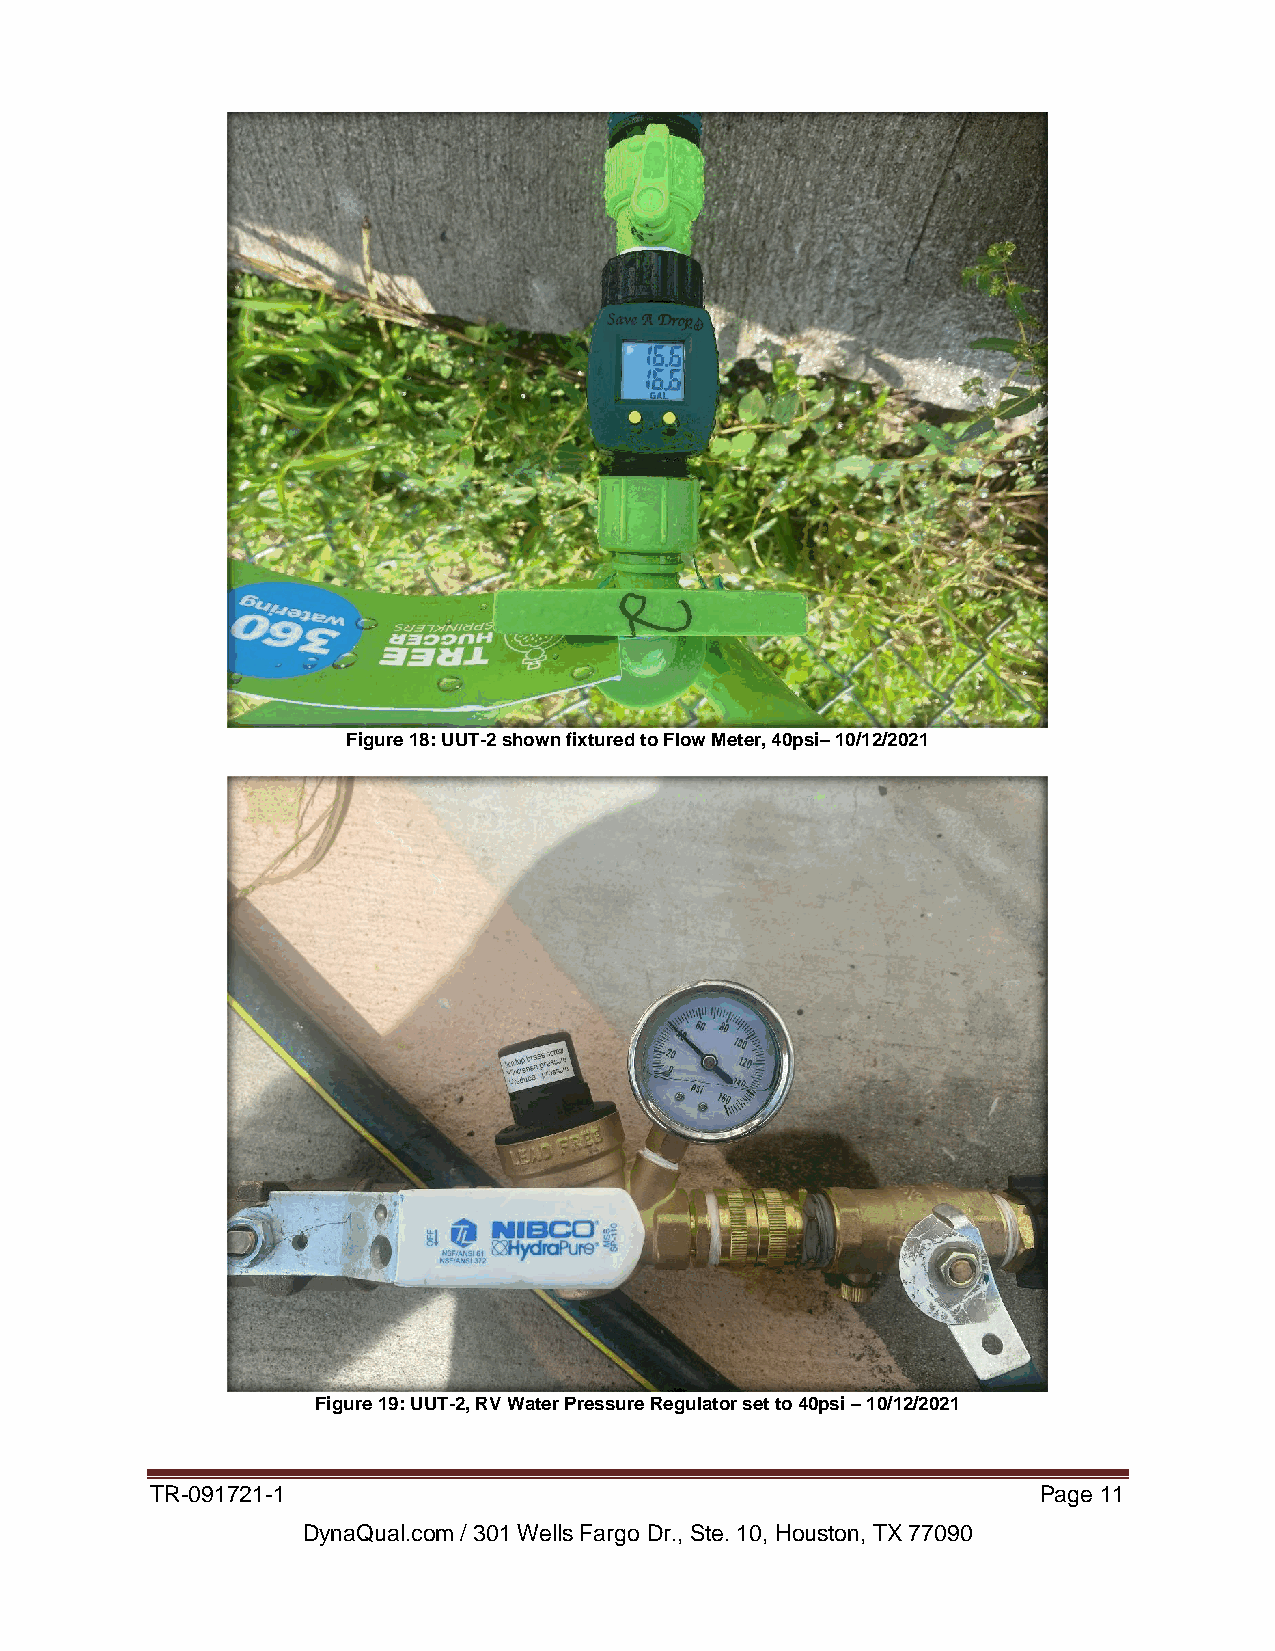
Figure 18: UUT-2 shown fixtured to Flow Meter, 40psi– 10/12/2021
 Figure 19: UUT-2, RV Water Pressure Regulator set to 40psi – 10/12/2021
 TR-091721-1                                                Page 11
 DynaQual.com / 301 Wells Fargo Dr., Ste. 10, Houston, TX 77090